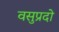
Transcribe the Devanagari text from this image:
वसुप्रदो